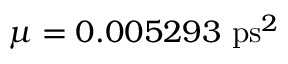
\mu = 0 . 0 0 5 2 9 3 ~ \mathrm { p s } ^ { 2 }